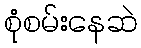
စုံစမ်းနေဆဲ